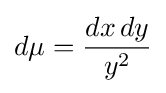
d\mu ={\frac {dx\,dy}{y^{2}}}